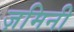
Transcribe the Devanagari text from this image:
ज़मिनी